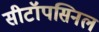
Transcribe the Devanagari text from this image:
सीटॉपसिनल